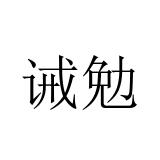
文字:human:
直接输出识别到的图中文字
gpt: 诫勉